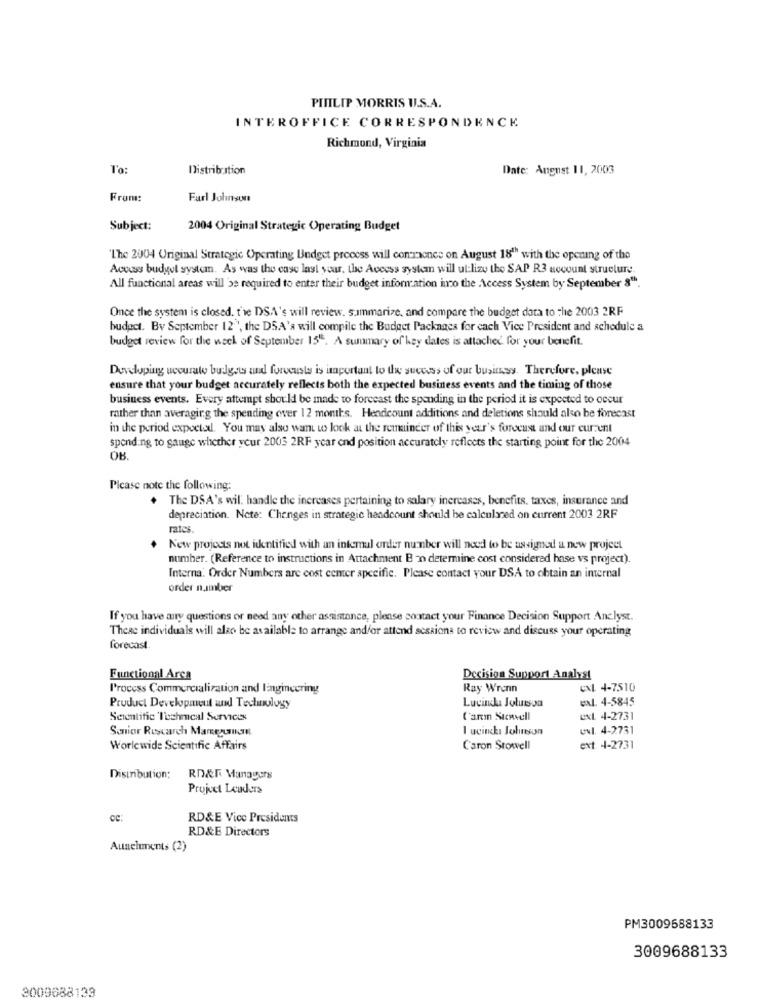
PITILIP MORRIS U.S.A.
INTEROFFICE CORRESPONDENCE
Richmond, Virginia
To:
Distribution
Date: August 11, 2003
From:
Furl Johnson
Subject:
2004 Original Strategic Operating Budget
'The 2004 Original Strategic Operating Budget process will commence on August 18"" with the opening of the
Access budyel system. As was the case last your, the Access system will ul:lizy the SAP R3 account structure.
All functional areas will be required to enter their budget information inco the Access System by September 8".
Once the system is closed. t're DSA's will review. summarize, and compare the budget data to the 2003 2RF
budact. By September 12`, the DSA's will compile the Budget Packages for each Vice President and schedule a
budget review for the week of September 15". A summary of key dates is attached for your benefit.
Developing ucourate budgets and forvcusts is important to the success of our business. Therefore, please
ensure that your budget accurately reflects both the expected business events and the timing of those
business events. Every attempt should be made to forecast the spending in the period it is expected to occur
rather than averaging the spending over 12 months. Hendcount additions and deletions should also be forecast
in the period expectal. You may also want to look at the remainder of this year's forecast and our current
spending to gauge whether your 2005 2RF year end position accurately reflects the starting point for the 2004
OB.
Picase note the following:
. The DSA's wil: handle the increases pertaining to salary increases, benefits, taxes, insurance and
depreciation. Note: Changes in strategic headcount should be calculated on current 2003 2RF
rates.
New projects not ikntified with an intemul order number will need to be assigned a new project
number. (Reference to instructions in Attachment B n determine cost considered hase vs project).
Interna. Order Numbers are cost center specific. Please contact your DSA to obtain an internal
order number
If you have any questions or need any other assistance, please contact your Finance Decision Support Anc.lyst.
These individuals will also be available to arrange and/or attend sessions to review and discuss your operating
forecast.
Functional Area
Decision Support Analyst
l'rocess Commercialization and Engineering
Ray Wrenn
CXL 4-7510
exl. 4-5845
Product Development and Technology
Lucinda Jolusson
Scientific Techmeal Services
l'arm Scovell
ext 4-2731
Senior Research Marezurim
I ucincha Jolieson
UNl. 4-2731
Worldwide Scientific Affairs
Caron Stowell
ext 4-2731
Distribution;
RD&T Managers
Project Lauders
cc:
RD&E Vice Presidents
RD&E Directors
Auneluments (2)
PM3009688133
3009688133
3009688133